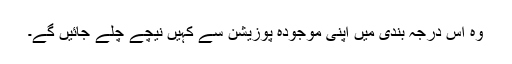
وہ اس درجہ بندی میں اپنی موجودہ پوزیشن سے کہیں نیچے چلے جائیں گے۔